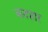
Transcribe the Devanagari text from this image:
कदहार